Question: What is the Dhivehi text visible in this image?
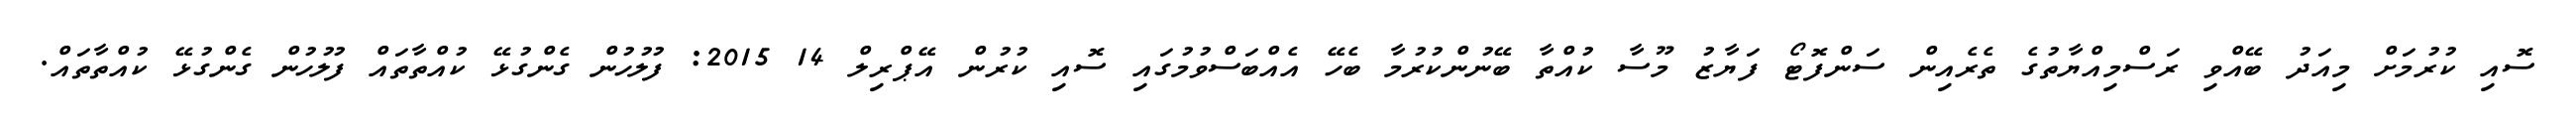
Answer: ސޮއި ކުރުމަށް މިއަދު ބޭއްވި ރަސްމިއްޔާތުގެ ތެރެއިން ސަންފޮޓޯ ފަޔާޒު މޫސާ ކުއްތާ ބޭނުންކުރުމާ ބެހޭ އެއްބަސްވުމުގައި ސޮއި ކުރުން އޭޕްރިލް 14 2015: ފުލުހުން ގެންގުޅޭ ކުއްތާތައް ފުލުހުން ގެންގުޅޭ ކުއްތާތައް.